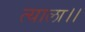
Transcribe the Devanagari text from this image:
त्याला।।